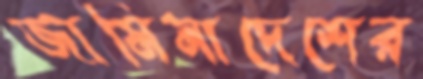
জামিনাদেশের